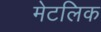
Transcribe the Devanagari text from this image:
मेटलिक